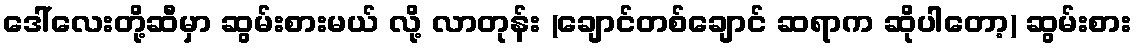
ဒေါ်လေးတို့ဆီမှာ ဆွမ်းစားမယ် လို့ လာတုန်း (ချောင်တစ်ချောင် ဆရာက ဆိုပါတော့) ဆွမ်းစား